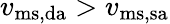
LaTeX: v_{\mathrm{ms,da}}>v_{\mathrm{ms,sa}}